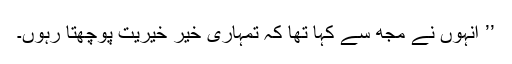
’’ انہوں نے مجھ سے کہا تھا کہ تمہاری خیر خیریت پوچھتا رہوں۔